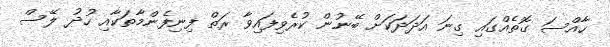
ހާއްސަ ގޮތެއްގައި ގިނަ އަދަދަކަށް ބޭނުން ކުރެވިފައިވާ ރަތް ފިނިފެންމާތަކާއި ހުދު ލޭސް